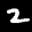
Label: 2